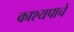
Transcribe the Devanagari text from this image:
काश्यपाचे